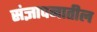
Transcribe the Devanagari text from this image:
संज्ञापनातील